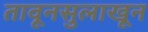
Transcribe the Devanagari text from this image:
तावूनसुलाखून